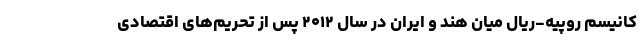
کانیسم روپیه-ریال میان هند و ایران در سال ۲۰۱۲ پس از تحریم‌های اقتصادی